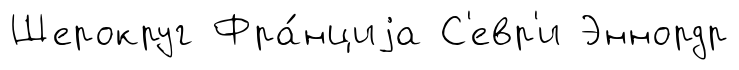
Шерокруг Фра́нциjа С'евр'и Эннордр